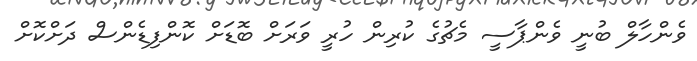
ވެންހާލް ބުނީ ވެންޕާސީ މެޗުގެ ކުރިން ހުރީ ވަރަށް ބޮޑަށް ކޮންފިޑެންސް ދަށްކޮށް